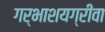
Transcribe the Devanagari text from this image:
गर्भाशयग्रीवा